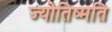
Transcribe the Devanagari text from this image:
ज्योतिष्मति